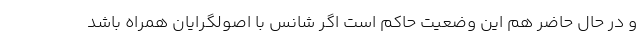
و در حال حاضر هم این وضعیت حاکم است اگر شانس با اصولگرایان همراه باشد